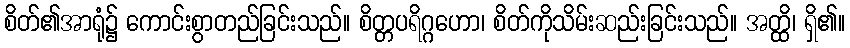
စိတ်၏အာရုံ၌ ကောင်းစွာတည်ခြင်းသည်။ စိတ္တပရိဂ္ဂဟော၊ စိတ်ကိုသိမ်းဆည်းခြင်းသည်။ အတ္ထိ၊ ရှိ၏။